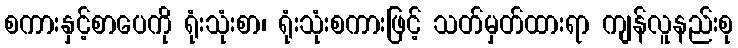
စကားနှင့်စာပေကို ရုံးသုံးစာ၊ ရုံးသုံးစကားဖြင့် သတ်မှတ်ထားရာ ကျန်လူနည်းစု